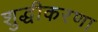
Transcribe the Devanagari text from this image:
शुद्धीकरणा